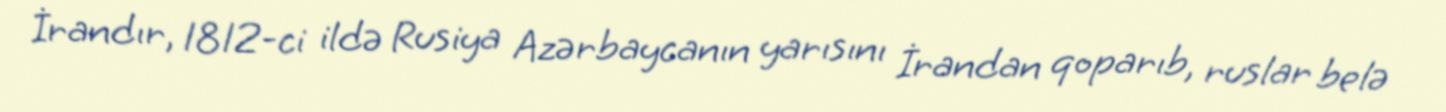
İrandır, 1812-ci ildə Rusiya Azərbaycanın yarısını İrandan qoparıb, ruslar belə